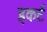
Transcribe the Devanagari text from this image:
इकर्ट